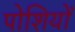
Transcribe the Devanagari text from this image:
पोशियों